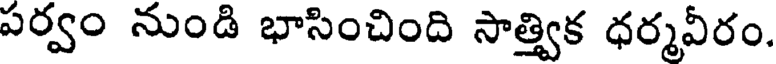
పర్వం నుండి భాసించింది సాత్త్విక ధర్మవీరం.